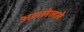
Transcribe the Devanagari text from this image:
असलेलले